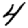
Digit: 4